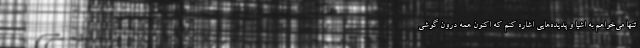
تنها می‌خواهم به اشیا و پدیده‌هایی اشاره کنم که اکنون همه درون گوشی